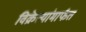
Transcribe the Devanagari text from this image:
विक्रेत्यांमार्फत